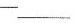
—___